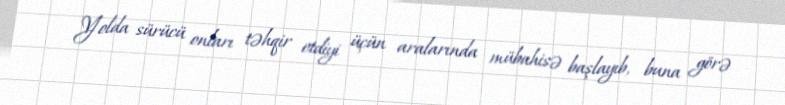
Yolda sürücü onları təhqir etdiyi üçün aralarında mübahisə başlayıb, buna görə